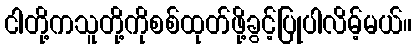
ငါတို့ကသူတို့ကိုစစ်ထုတ်ဖို့ခွင့်ပြုပါလိမ့်မယ်။